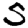
Digit: 5